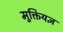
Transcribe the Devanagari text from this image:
मुक्तियज्ञ